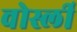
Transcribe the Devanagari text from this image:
वोर्स्ली